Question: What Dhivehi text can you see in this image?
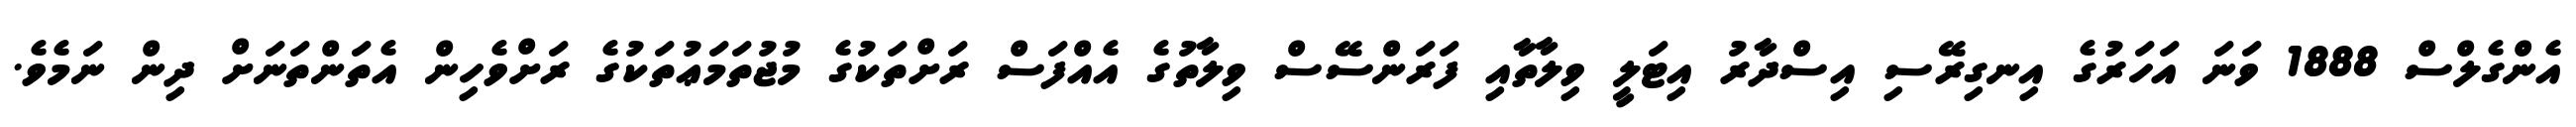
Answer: އެންގެލްސް 1888 ވަނަ އަހަރުގެ އިނގިރޭސި އިސްދާރު އިޓަލީ ވިލާތާއި ފަރަންސޭސް ވިލާތުގެ އެއްފަސް ރަށްތަކުގެ މުޖުތަމަޢުތަކުގެ ރަށްވެހިން އެތަންތަނަށް ދިން ނަމެވެ.